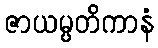
ဇာယမ္ပတိကာနံ